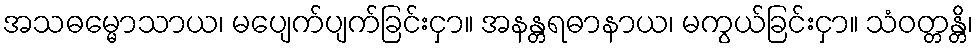
အသဓမ္မောသာယ၊ မပျေက်ပျက်ခြင်းငှာ။ အနန္တရဓာနာယ၊ မကွယ်ခြင်းငှာ။ သံဝတ္တန္တိ၊